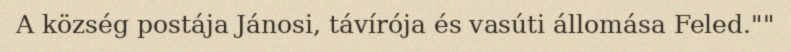
A község postája Jánosi, távírója és vasúti állomása Feled.""